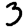
Digit: 3